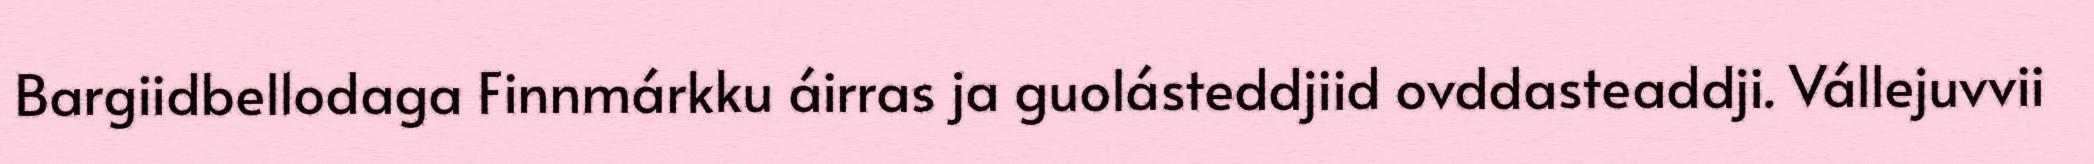
Bargiidbellodaga Finnmárkku áirras ja guolásteddjiid ovddasteaddji. Vállejuvvii